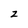
Character: z